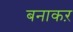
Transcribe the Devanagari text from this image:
बनाकऱ